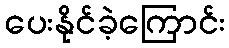
ပေးနိုင်ခဲ့ကြောင်း